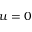
u = 0